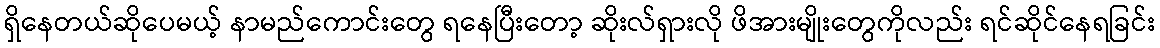
ရှိနေတယ်ဆိုပေမယ့် နာမည်ကောင်းတွေ ရနေပြီးတော့ ဆိုးလ်ရှားလို ဖိအားမျိုးတွေကိုလည်း ရင်ဆိုင်နေရခြင်း